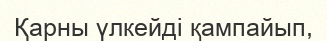
Қарны үлкейді қампайып,